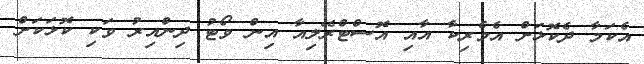
އެކަމާ ދެކޮޅަށް އެމެރިކާ އާއި އޮސްޓްރޭލިއާ އިން ވޯޓު ދިންއިރު ވަކި ކޮޅަކަށް